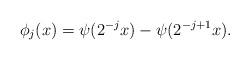
LaTeX: \begin{align*}\phi_{j}(x) = \psi(2^{-j} x) - \psi(2^{-j + 1} x).\end{align*}